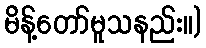
မိန့်တော်မူသနည်း။)